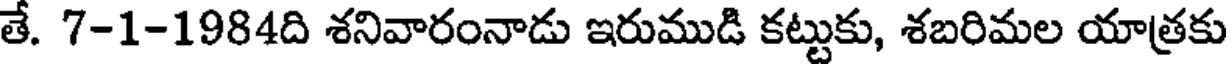
తే. 7-1-1984ది శనివారంనాడు ఇరుముడి కట్టుకు, శబరిమల యాత్రకు